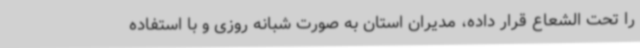
را تحت الشعاع قرار داده، مدیران استان به صورت شبانه روزی و با استفاده